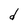
Character: d